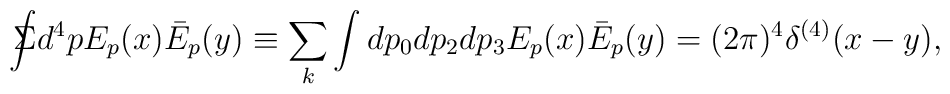
\Sigma \!\!\!\!\! \displaystyle{\int} d^4p E_p(x) \bar{E}_p(y)\equiv \sum_{k} \int dp_0 dp_2 dp_3 E_p(x) \bar{E}_p(y)  = (2 \pi)^4 \delta^{(4)}(x-y),